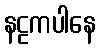
နဠကပါနေ